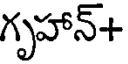
గృహాన్+